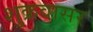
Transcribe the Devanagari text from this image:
शुक्रवासर